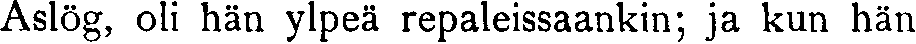
Aslög, oli hän ylpeä repaleissaankin; ja kun hän